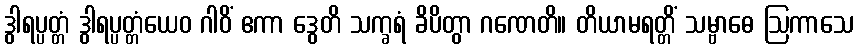
ဒွါရပ္ပတ္တံ ဒွါရပ္ပတ္တံယေဝ ဂါဝိံ ဧကာ ဒွေတိ သက္ခရံ ခိပိတွာ ဂဏေတိ။ တိယာမရတ္တိံ သမ္ဗာဓေ ဩကာသေ